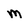
Character: m